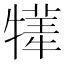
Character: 𤛫